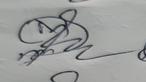
Signature authenticity: genuine